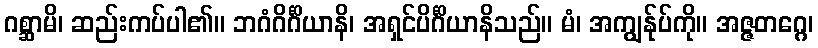
ဂစ္ဆာမိ၊ ဆည်းကပ်ပါ၏။ ဘဂံဂိင်္ဂိယာနိ၊ အရှင်ပိင်္ဂိယာနိသည်။ မံ၊ အကျွန်ုပ်ကို။ အဇ္ဇတဂ္ဂေ၊